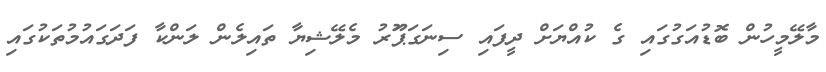
މާލޭމީހުން ބޮޑުއަގުގައި ގެ ކުއްޔަށް ދީފައި ސިނަގަޕަޫރު މެލޭޝިޔާ ތައިލެން ލަންކާ ފަދަގައުމުތަކުގައި